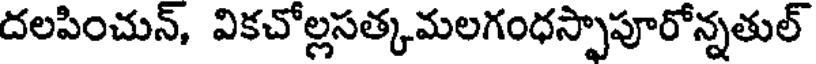
దలపించున్, వికచోల్లసత్కమలగంధస్పాపూరోన్నతుల్